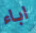
اباء